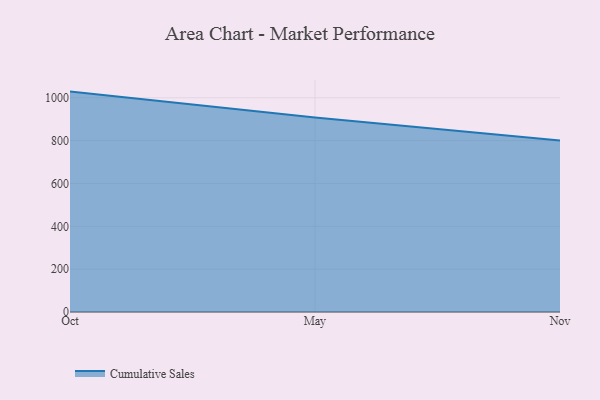
{"axis": {"x": "Month", "y": "Churn Rate (%)"}, "legend": ["Cumulative Sales"], "data": [{"x": "Oct", "y": 1028.7, "type": "Cumulative Sales"}, {"x": "May", "y": 907.9, "type": "Cumulative Sales"}, {"x": "Nov", "y": 800, "type": "Cumulative Sales"}]}